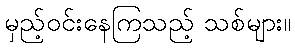
မှည့်ဝင်းနေကြသည့် သစ်များ။